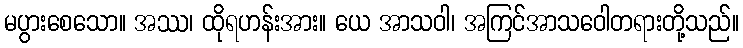
မပွားစေသော။ အဿ၊ ထိုရဟန်းအား။ ယေ အာသဝါ၊ အကြင်အာသဝေါတရားတို့သည်။